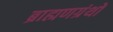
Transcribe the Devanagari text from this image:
ब्राह्मणग्रंथों